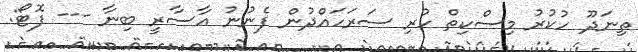
ތިނަދޫ ހުކުރު މިސްކިތް ހުރި ސަރަހައްދުން ފެނުނު އާސާރީ ބިނާ --- ފޮޓޯ: